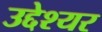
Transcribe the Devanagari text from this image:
उद्देश्यर